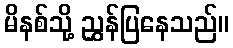
မိနစ်သို့ ညွှန်ပြနေသည်။